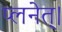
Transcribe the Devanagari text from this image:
प्लनेत्।